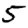
Digit: 5